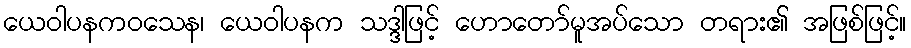
ယေဝါပနကဝသေန၊ ယေဝါပနက သဒ္ဒါဖြင့် ဟောတော်မူအပ်သော တရား၏ အဖြစ်ဖြင့်။